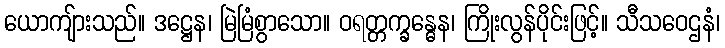
ယောကျ်ားသည်။ ဒဋ္ဌေန၊ မြဲမြံစွာသော။ ဝရတ္တက္ခန္ဓေန၊ ကြိုးလွန်ပိုင်းဖြင့်။ သီသဝေဌနံ၊